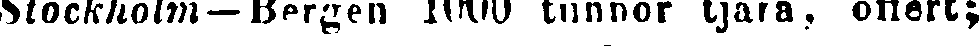
Stockholm — Bergen 1000 tunnor tjära, offert;